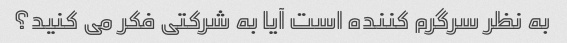
به نظر سرگرم کننده است آیا به شرکتی فکر می کنید؟